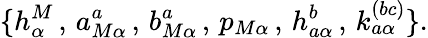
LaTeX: \{ h_{\alpha}^{M}\, ,\, a_{M\alpha}^{a}\, ,\, b_{M\alpha}^{a}\, ,\, p_{M\alpha}\, ,\, h_{a\alpha}^{b}\, ,\, k_{a\alpha}^{(bc)}\} .